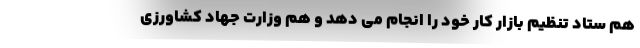
هم ستاد تنظیم بازار کار خود را انجام می دهد و هم وزارت جهاد کشاورزی